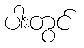
ပါးတွင်